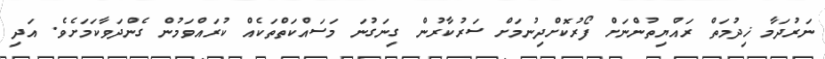
ނަރުދަމާ ޚިދުމަތް ރައްޔިތުންނަށް ފޯރުކޮށްދިނުމަށް ސަރުކާރުން ގިނަގުނަ މަސައްކަތްތަކެއް ކުރައްވަމުން ގެންދަވާކަމަށެވެ. އަދި